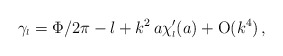
\begin{align*}\gamma_{\scriptscriptstyle{l}}=\Phi/2 \pi - l +k^2\,a \chi_{\scriptscriptstyle{l}}^{\prime}(a) + \mbox{O}(k^4)\,,\end{align*}